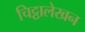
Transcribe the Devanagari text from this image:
चिट्ठालेखन